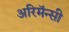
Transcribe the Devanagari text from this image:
अरिमॅन्सी